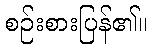
စဉ်းစားပြန်၏။